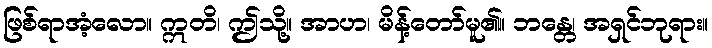
ဖြစ်ရာအံ့လော။ ဣတိ၊ ဤသို့။ အာဟ၊ မိန့်တော်မူ၏။ ဘန္တေ၊ အရှင်ဘုရား။